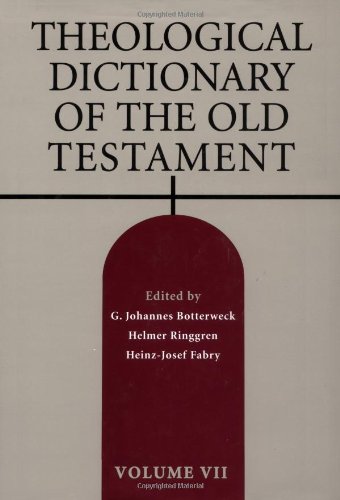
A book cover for Theological Dictionary of the Old Testament, Vol. 7; Christian Books & Bibles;